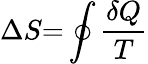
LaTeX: \Delta S{=}\oint{\frac{\delta Q}{T}}